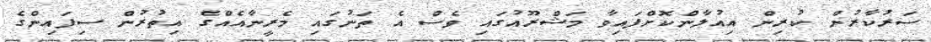
ސަރުކާރުން ކުރިން އިއުލާންކޮށްފައިވާ މަޝްރޫއުގައި ވެސް އެ ތަނުގައި މެރީނާއެއްގެ އިތުރުން ސިފައިންގެ